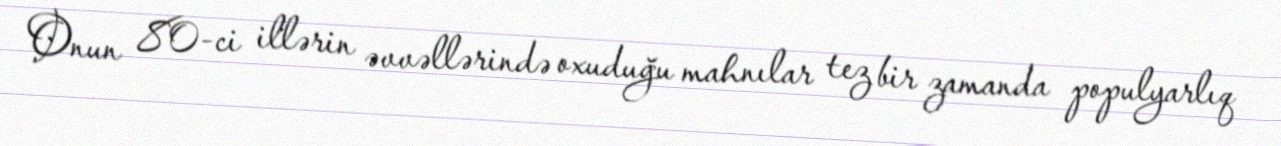
Onun 80-ci illərin əvvəllərində oxuduğu mahnılar tez bir zamanda populyarlıq